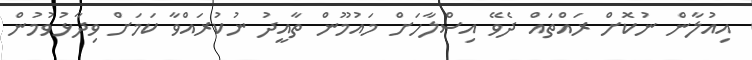
އިއުލާން ނުކޮށް ރައްތައް ދެވޭ އިސްލާހަށް މައުމޫން ތާއީދު ނުކުރައްވާ ކަމަށް ވިދާޅުވުމުން